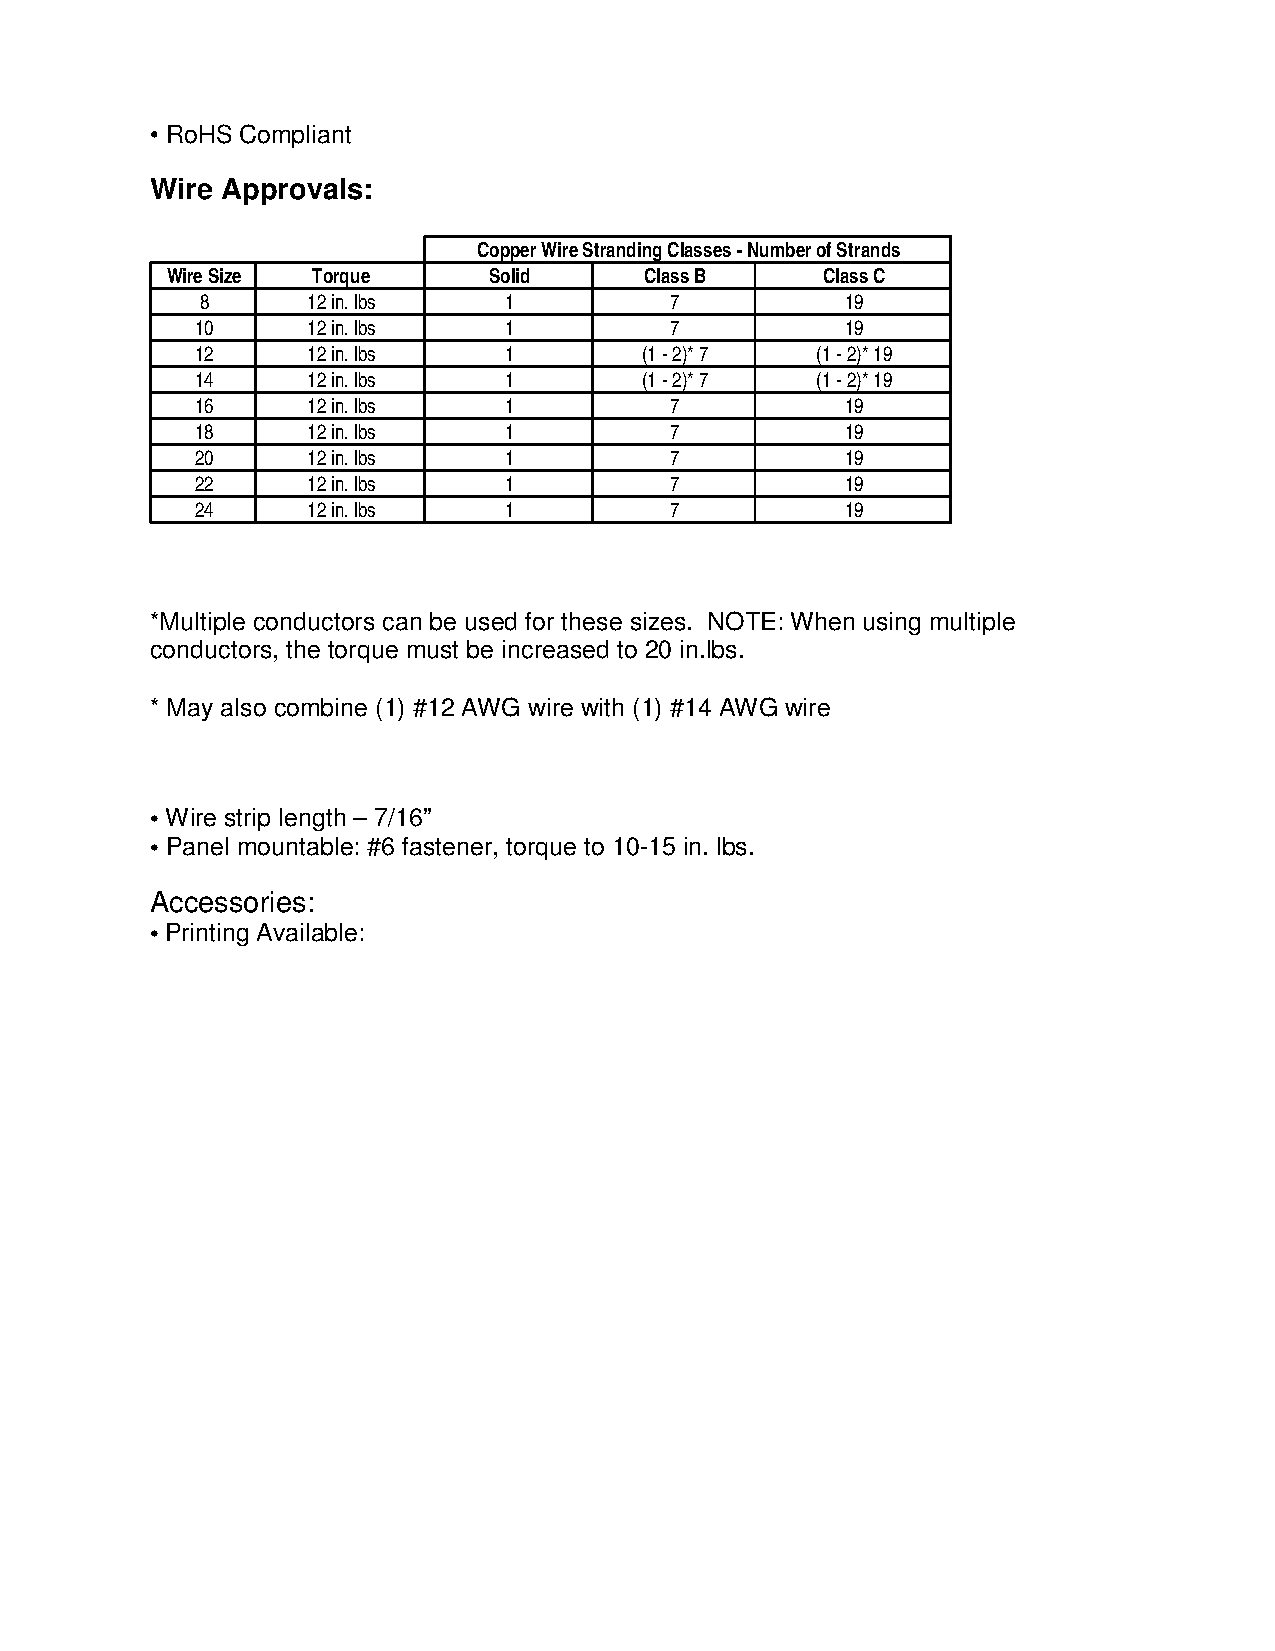
• RoHS Compliant
 Wire Approvals:
 Copper Wire Stranding Classes - Number of Strands
 Wire Size Torque     Solid      Class B    Class C
 8      12 in. lbs   1          7           19
 10     12 in. lbs   1          7           19
 12     12 in. lbs   1         (1 - 2)* 7 (1 - 2)* 19
 14     12 in. lbs   1         (1 - 2)* 7 (1 - 2)* 19
 16     12 in. lbs   1          7           19
 18     12 in. lbs   1          7           19
 20     12 in. lbs   1          7           19
 22     12 in. lbs   1          7           19
 24     12 in. lbs   1          7           19
 *Multiple conductors can be used for these sizes. NOTE: When using multiple
 conductors, the torque must be increased to 20 in.lbs.
 * May also combine (1) #12 AWG wire with (1) #14 AWG wire
 • Wire strip length – 7/16”
 • Panel mountable: #6 fastener, torque to 10-15 in. lbs.
 Accessories:
 • Printing Available: